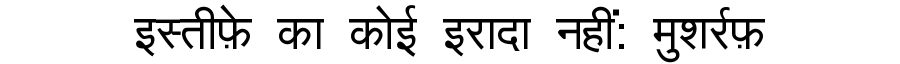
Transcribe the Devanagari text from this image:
इस्तीफ़े का कोई इरादा नहीं: मुशर्रफ़